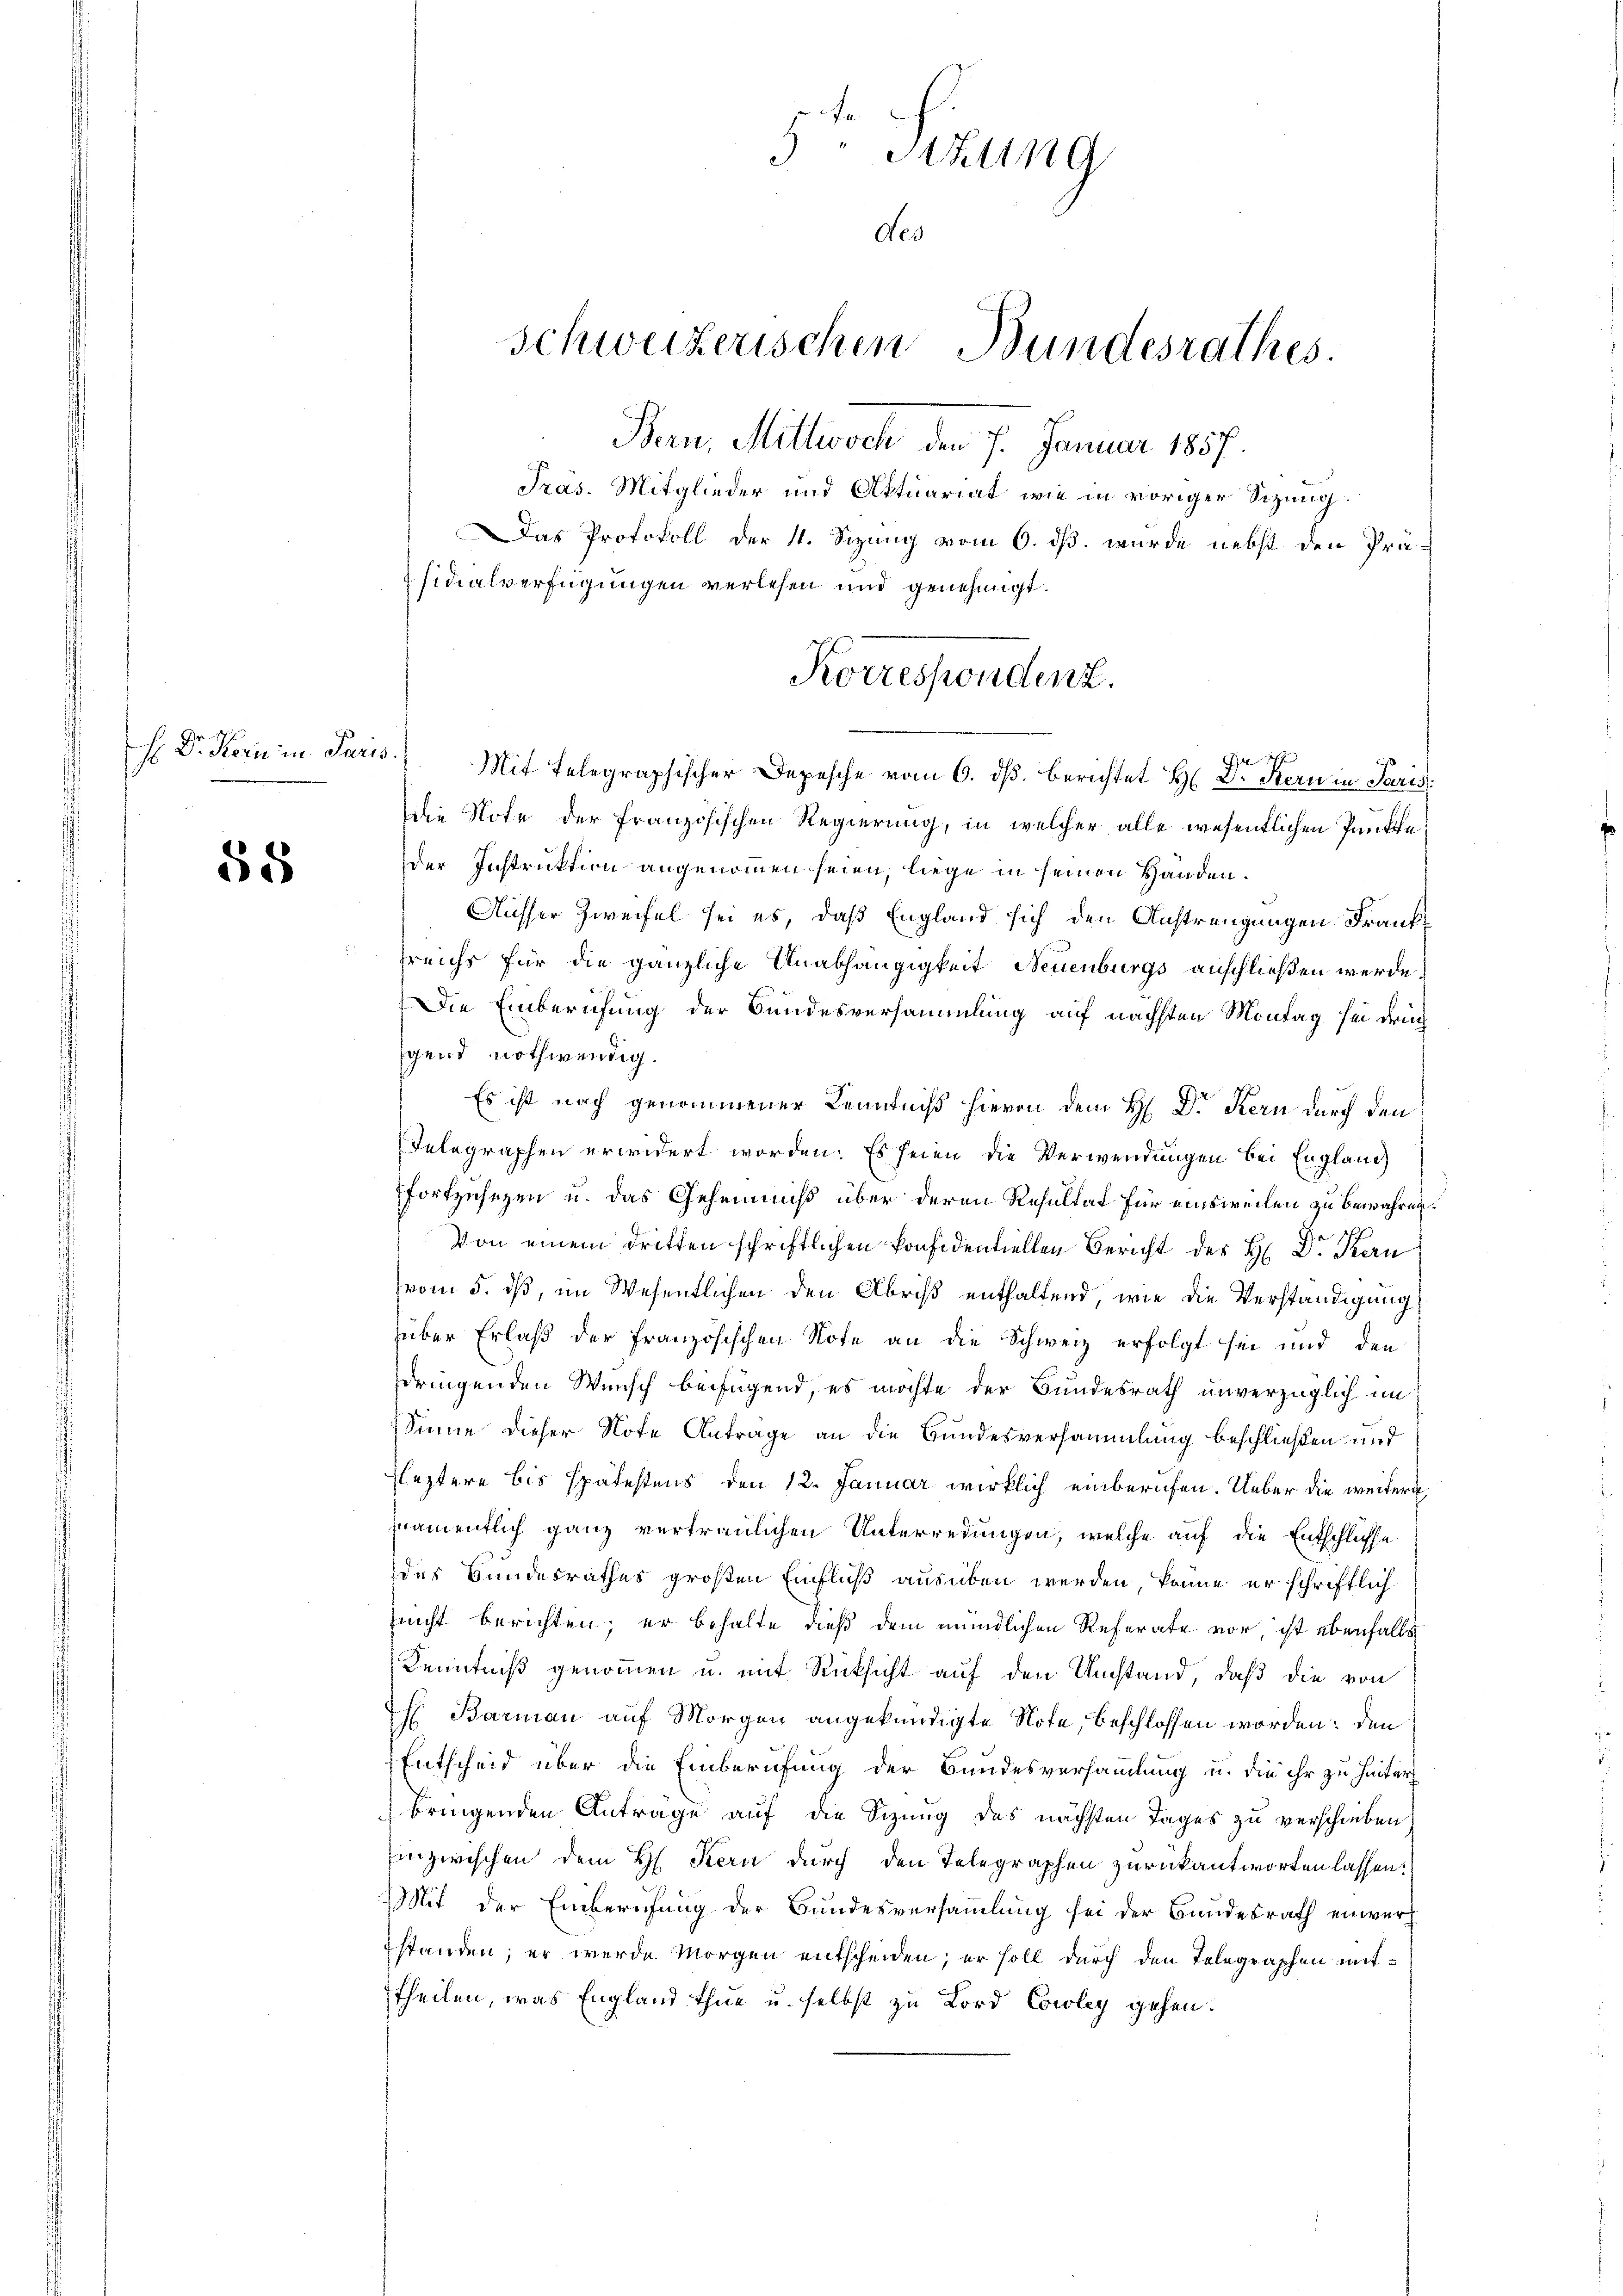
H: Dr. Kern in Pari

55

5Sthung
des

Schweizerischen Bundesrathes.

Bern, Mittwoch den 7. Januar 1857.
Pras. Mitglieder und Aktuariat wie in voriger Sizung.
Das Protokoll der 4. Sizung vom 6. dß. wurde nebst den Prä-
sidialverfügungen verlesen und genehmigt.
1.3.
Mit Telegraphischer Depesche vom 6. ds. berichtet H: Dr. Kern in Paris
Die Note der französischen Regierung, in welcher alle wesentlichen Punkte
der Instruktion angenommen seien, liege in seinen Handen.
Ausser Zweifel sei es, daß England sich den Anstrengungen Franksreichs für die gänzliche Anabhängigkeit Neuenburgs anschließen werde.
Die Einberufung der Bundesversammlung auf nächsten Montag sei druc
gend nothwendig.
Es ist nach genommener Kenntniß hievon dem H. Dr Kern durch den
Telegraphen erwidert worden. Es seien die Verwendungen bei England
fortzusezen u. das Geheimniß über deren Resultat für einsweilen zu bewahren.
Von einem dritten schriftlichen konfidentiellen Bericht des H: Dr. Kern
vom 5. dß, im Wesentlichen den Abris enthaltend, wie die Verständigung
über Erlaß der französischen Note an die Schweiz erfolgt sei und den
dringenden Wunsch beifügend, es möchte der Bundesrath unverzüglich im
Sinne dieser Note Antrage an die Bundesversammlung beschließen und
Fleztere bis spätestens den 12. Januar wirklich einberufen. Ueber die weitere
namentlich ganz vertraulichen Unterredungen, welche auf die Entschlusse
des Bundesrathes großen Einfluß ausüben werden, könne er schriftlich
nnicht berichten; er behalte dieß dem mündlichen Referate vor, ist ebenfalls
Kenntniß genommen u. mit Rücksicht auf den Umstand, daß die von
f Barman auf Morgen angekündigte Note, beschlossen worden: den
Entscheid über die Einberufung der Bundesversammlung u. die ihr zu hinter
bringenden Antrage auf die Sizung des nächsten Tages zu verschieben
inzwischen dem H. Kern durch den Telegraphen zurückantworten lassen:
Mit der Einberufung der Bundesversammlung sei der Bundesrath einverh
standen; er wurde Morgen entscheiden; er soll durch den Telegraphen mittheilen, was England thue u. selbst zu Lord Cowley gehen.

Korrespondenz.